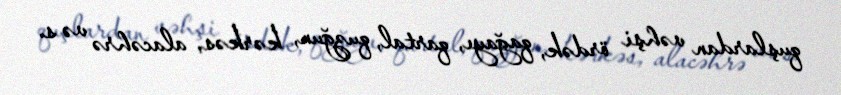
quşlardan vəhşi ördək, qağayı, qartal, quzğun, kərkəs, alacəhrə və s.